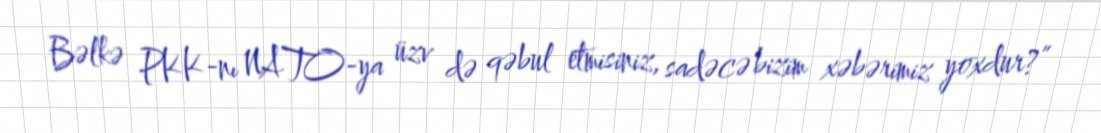
Bəlkə PKK-nı NATO-ya üzv də qəbul etmisiniz, sadəcə bizim xəbərimiz yoxdur?”